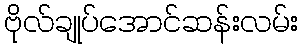
ဗိုလ်ချုပ်အောင်ဆန်းလမ်း